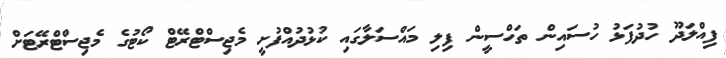
ފިއްލަދޫ ހުދުފަޅު ހުސައިން ތަހްސީން ފިލި މައްސަލާގައި ކުޅުދުއްފުށީ މެޖިސްޓްރޭޓް ކޯޓުގެ މެޖިސްޓްރޭޓަށް